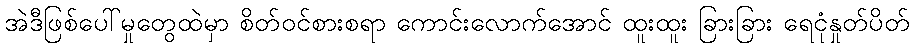
အဲဒီဖြစ်ပေါ်မှုတွေထဲမှာ စိတ်ဝင်စားစရာ ကောင်းလောက်အောင် ထူးထူး ခြားခြား ရေငုံနှုတ်ပိတ်